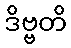
ဒိဗ္ဗတိ